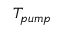
T _ { p u m p }